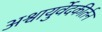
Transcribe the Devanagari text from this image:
अश्वायुर्वेदकीर्तन